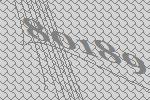
80189